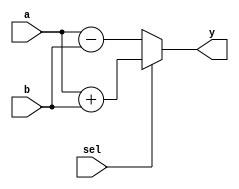
module vector_continuous_assignment (
    input  wire [3:0] a,        // 4-bit input vector
    input  wire [3:0] b,        // 4-bit input vector
    input  wire       sel,      // 1-bit selector input
    output wire [3:0] y         // 4-bit output vector
);

// Continuous assignment using a conditional operator
assign y = (sel) ? (a + b) : (a - b); // If sel is 1, output is a + b; else a - b

endmodule